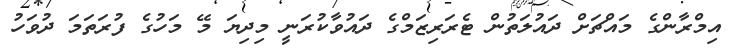
އިމްރާންގެ މައްޗަށް ދައުލަތުން ޓެރަރިޒަމްގެ ދައުވާކުރަނީ މިދިޔަ މޭ މަހުގެ ފުރަތަމަ ދުވަހު